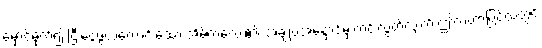
မှောင်မိုက်၍ ငြီးငွေ့ဖွယ်ကောင်းသော အိမ်ကလေး၏ အချုပ်အနှောင်မှ ကင်းလွတ်လျက် ဤလဟာပြင်ထဲတွင်